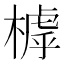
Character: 㯉